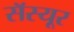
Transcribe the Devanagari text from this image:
सॅस्यूर